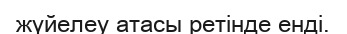
жүйелеу атасы ретінде енді.